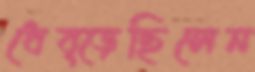
ধেব্‌ড়েছিলেন